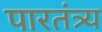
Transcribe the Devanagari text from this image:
पारतंत्र्य